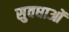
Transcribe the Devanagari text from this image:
सुवधाओं